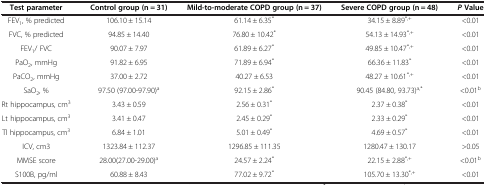
| Test parameter | Control group (n = 31) | Mild-to-moderate COPD group (n = 37) | Severe COPD group (n = 48) | PValue |
 | --- | --- | --- | --- | --- |
 | FEV1, % predicted | 106.10 ± 15.14 | 61.14 ± 6.35* | 34.15 ± 8.89*,+ | <0.01 |
 | FVC, % predicted | 94.85 ± 14.40 | 76.80 ± 10.42* | 54.13 ± 14.93*,+ | <0.01 |
 | FEV1/ FVC | 90.07 ± 7.97 | 61.89 ± 6.27* | 49.85 ± 10.47*,+ | <0.01 |
 | PaO2, mmHg | 91.82 ± 6.95 | 71.89 ± 6.94* | 66.36 ± 11.83* | <0.01 |
 | PaCO2, mmHg | 37.00 ± 2.72 | 40.27 ± 6.53 | 48.27 ± 10.61*,+ | <0.01 |
 | SaO2, % | 97.50 (97.00-97.90)a | 92.15 ± 2.86* | 90.45 (84.80, 93.73)a,* | <0.01b |
 | Rt hippocampus, cm3 | 3.43 ± 0.59 | 2.56 ± 0.31* | 2.37 ± 0.38* | <0.01 |
 | Lt hippocampus, cm3 | 3.41 ± 0.47 | 2.45 ± 0.29* | 2.33 ± 0.29* | <0.01 |
 | Tl hippocampus, cm3 | 6.84 ± 1.01 | 5.01 ± 0.49* | 4.69 ± 0.57* | <0.01 |
 | ICV, cm3 | 1323.84 ± 112.37 | 1296.85 ± 111.35 | 1280.47 ± 130.17 | >0.05 |
 | MMSE score | 28.00(27.00-29.00)a | 24.57 ± 2.24* | 22.15 ± 2.88*,+ | <0.01b |
 | S100B, pg/ml | 60.88 ± 8.43 | 77.02 ± 9.72* | 105.70 ± 13.30*,+ | <0.01 |